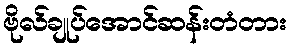
ဗိုလ်ချုပ်အောင်ဆန်းတံတား